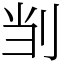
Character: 㓥